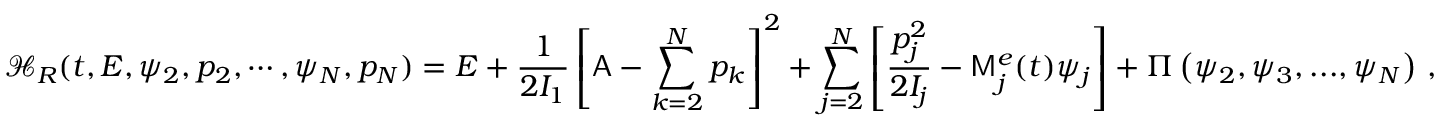
\mathcal { H } _ { R } ( t , E , \psi _ { 2 } , p _ { 2 } , \cdots , \psi _ { N } , p _ { N } ) = E + \frac { 1 } { 2 I _ { 1 } } \left[ \mathsf { A } - \sum _ { k = 2 } ^ { N } p _ { k } \right] ^ { 2 } + \sum _ { j = 2 } ^ { N } \left[ \frac { p _ { j } ^ { 2 } } { 2 I _ { j } } - \mathsf { M } _ { j } ^ { e } ( t ) \psi _ { j } \right] + \Pi \left( \psi _ { 2 } , \psi _ { 3 } , . . . , \psi _ { N } \right) \, ,